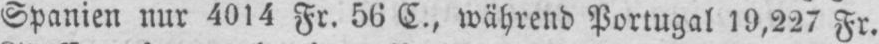
Spanien nur 4014 Fr. 56 C., während Portugal 19,227 Fr.